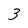
Character: 3